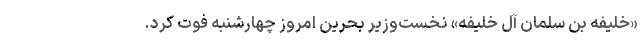
«خلیفه بن سلمان آل خلیفه» نخست‌وزیر بحرین امروز چهارشنبه فوت کرد.